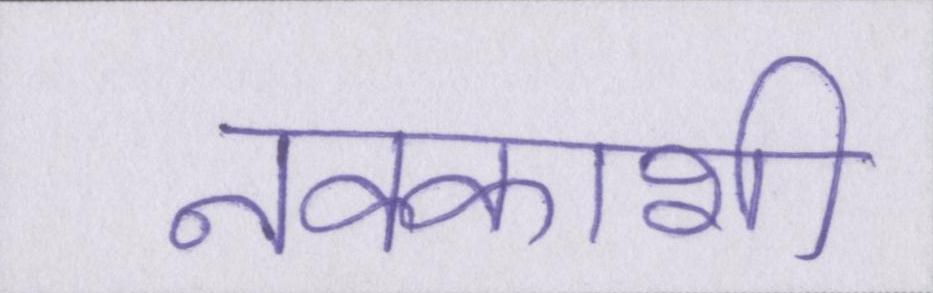
नक्काशी